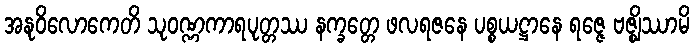
အနုဝိလောကေတိ သုဝဏ္ဏကာရပုတ္တဿ နက္ခတ္တေ ဖလရဇနေ ပစ္စယဋ္ဌာနေ ရဇ္ဇေ ဗဇ္ဈိဿာမိ